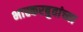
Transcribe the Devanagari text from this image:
भास्करबुवांच्या